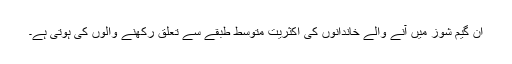
اِن گیم شوز میں آنے والے خاندانوں کی اکثریت متوّسط طبقے سے تعلق رکھنے والوں کی ہوتی ہے۔